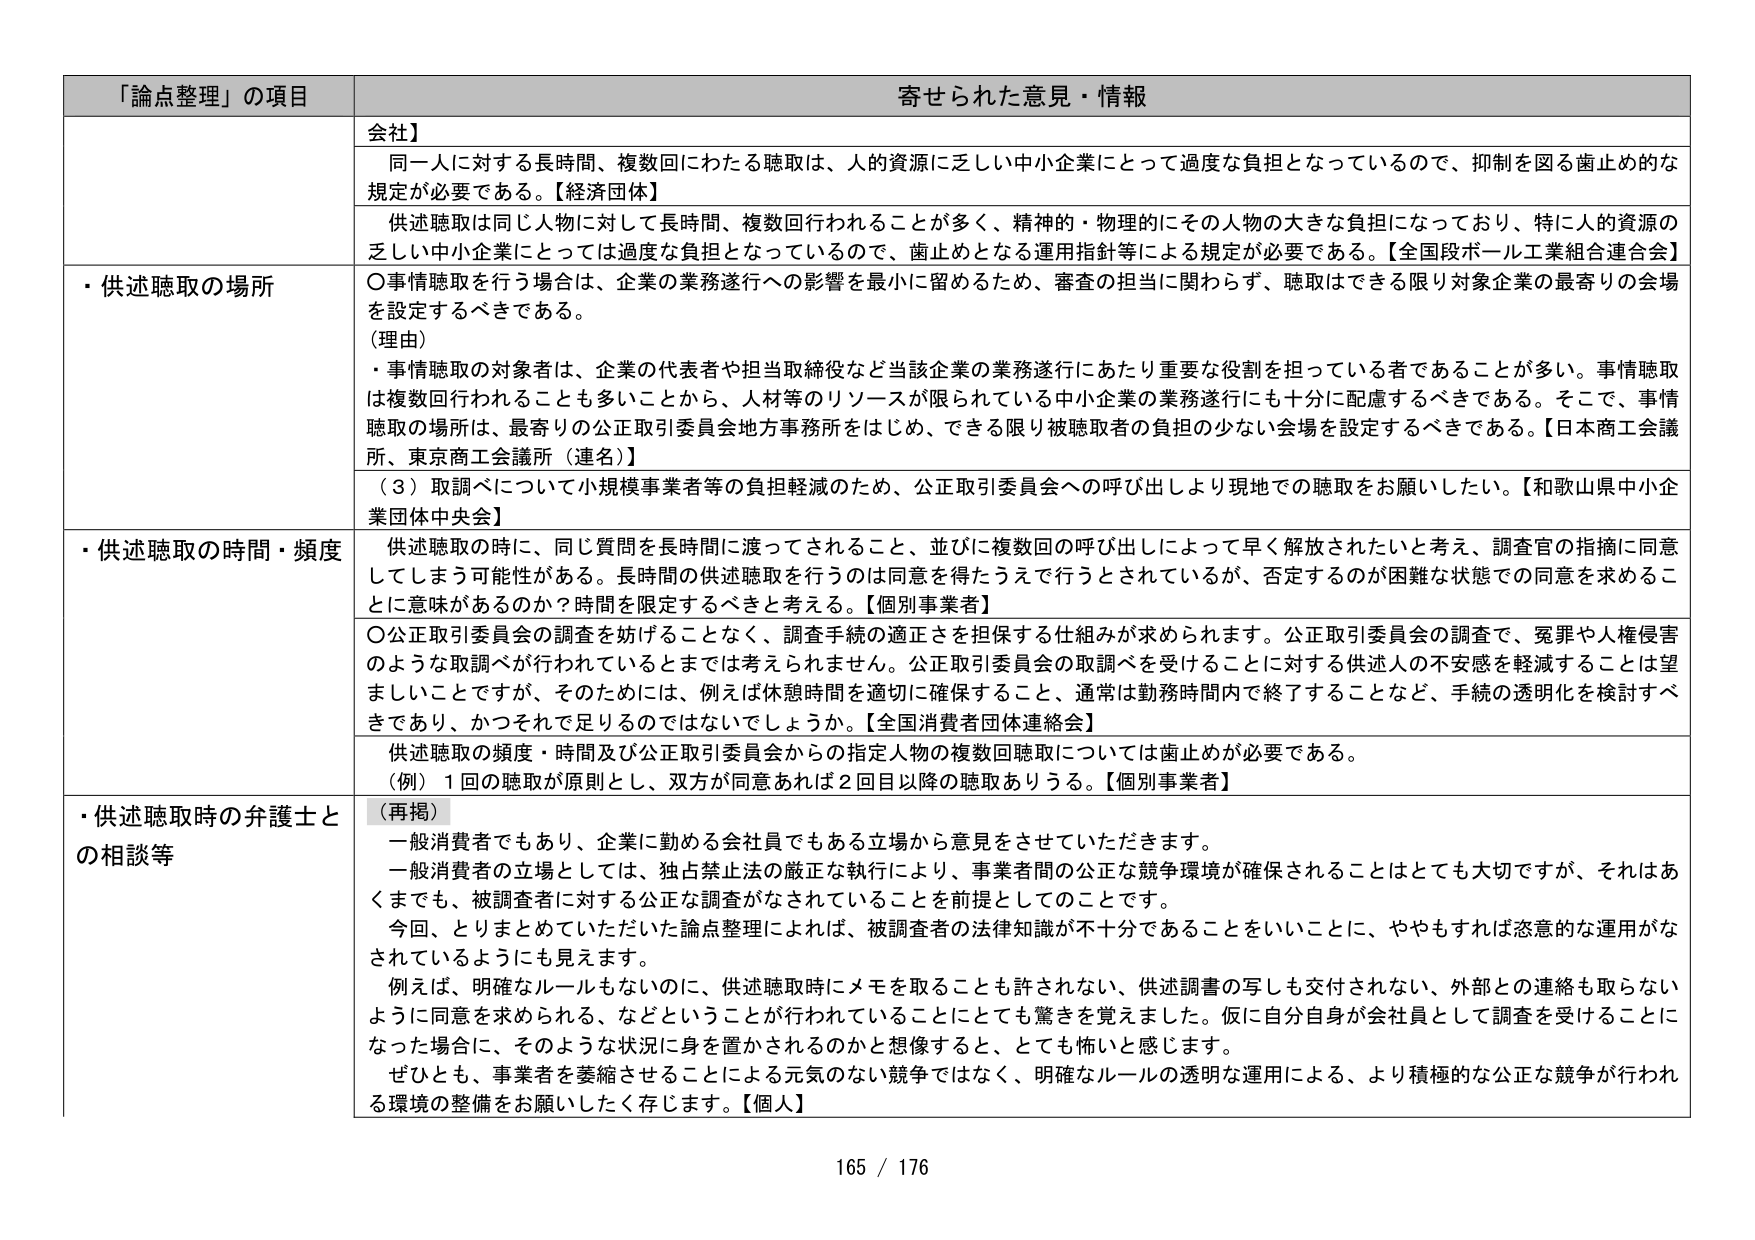
「論点整理」の項目 寄せられた意見・情報
会社】
同一人に対する長時間、複数回にわたる聴取は、人的資源に乏しい中小企業にとって過度な負担となっているので、抑制を図る歯止め的な規定が必要である。【経済団体】
供述聴取は同じ人物に対して長時間、複数回行われることが多く、精神的・物理的にその人物の大きな負担になっており、特に人的資源の乏しい中小企業にとっては過度な負担となっているので、歯止めとなる運用指針等による規定が必要である。【全国段ボール工業組合連合会】
・供述聴取の場所
〇事情聴取を行う場合は、企業の業務遂行への影響を最小に留めるため、審査の担当に関わらず、聴取はできる限り対象企業の最寄りの会場を設定するべきである。
（理由）
・事情聴取の対象者は、企業の代表者や担当取締役など当該企業の業務遂行にあたり重要な役割を担っている者であることが多い。事情聴取は複数回行われることも多いことから、人材等のリソースが限られている中小企業の業務遂行にも十分に配慮するべきである。そこで、事情聴取の場所は、最寄りの公正取引委員会地方事務所をはじめ、できる限り被聴取者の負担の少ない会場を設定するべきである。【日本商工会議所、東京商工会議所（連名）】
（3）取調べについて小規模事業者等の負担軽減のため、公正取引委員会への呼び出しより現地での聴取をお願いしたい。【和歌山県中小企業団体中央会】
・供述聴取の時間・頻度
供述聴取の時に、同じ質問を長時間に渡ってされること、並びに複数回の呼び出しによって早く解放されたいと考え、調査官の指摘に同意してしまう可能性がある。長時間の供述聴取を行うのは同意を得たうえで行うとされているが、否定するのが困難な状態での同意を求めることが意味があるのか？時間を限定するべきと考える。【個別事業者】
〇公正取引委員会の調査を妨げることなく、調査手続の適正さを担保する仕組みが求められます。公正取引委員会の調査で、冤罪や人権侵害のような取調べが行われているとまでは考えられません。公正取引委員会の取調べを受けることに対する供述人の不安感を軽減することは望ましいことですが、そのためには、例えば休憩時間を適切に確保すること、通常は勤務時間内で終了することなど、手続の透明化を検討すべきであり、かつそれでは足りるのではないでしょうか。【全国消費者団体連絡会】
供述聴取の頻度・時間及び公正取引委員会からの指定人物の複数回聴取については歯止めが必要である。
（例）1回の聴取が原則とし、双方が同意あれば2回目以降の聴取ありうる。【個別事業者】
・供述聴取時の弁護士との相談等
（再掲）
一般消費者でもあり、企業に勤める会社員でもある立場から意見をさせていただきます。
一般消費者の立場としては、独占禁止法の厳正な執行により、事業者間の公正な競争環境が確保されることはとても大切ですが、それはあくまでも、被調査者に対する公正な調査がなされていることを前提としてのことです。
今回、とりまとめていただいた論点整理によれば、被調査者の法律知識が不十分であることをいいことに、ややもすれば恣意的な運用がなされているようにも見えます。
例えば、明確なルールもないのに、供述聴取時にメモを取ることも許されない、供述調書の写しも交付されない、外部との連絡も取らないように同意を求められる、などということが行われていることにも驚きを覚えました。仮に自分自身が会社員として調査を受けることになった場合に、そのような状況に身を置かされるのかと想像すると、とても怖いと感じます。
ぜひとも、事業者を萎縮させることによる元気のない競争ではなく、明確なルールの透明な運用による、より積極的な公正な競争が行われる環境の整備をお願いしたく存じます。【個人】
165 / 176